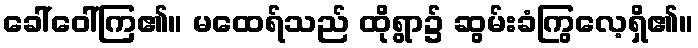
ခေါ်ဝေါ်ကြ၏။ မထေရ်သည် ထိုရွာ၌ ဆွမ်းခံကြွလေ့ရှိ၏။